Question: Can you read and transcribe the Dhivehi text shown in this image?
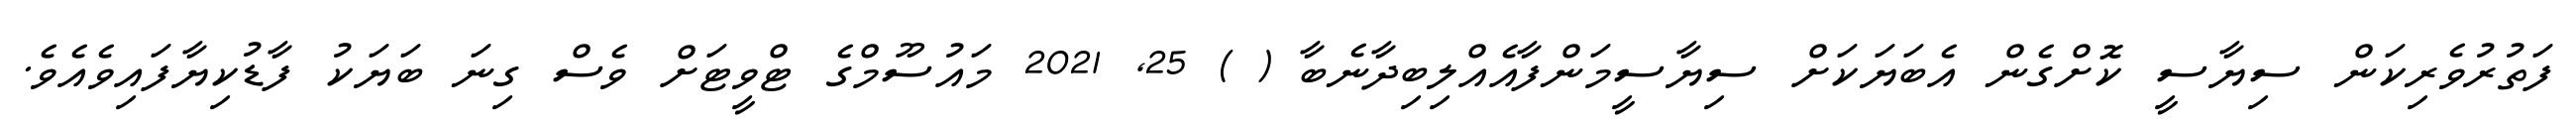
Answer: ފަތުރުވެރިކަން ސިޔާސީ ކޮށްގެން އެބަޔަކަށް ސިޔާސީމަންފާއެއްލިބިދާނެބާ ( ) 25, 2021 މައުސޫމްގެ ޓްވީޓަށް ވެސް ގިނަ ބަޔަކު ފާޑުކިޔާފައިވެއެވެ.